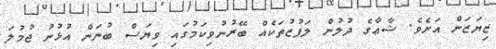
ޒިޔަޒަން އަށެވެ. ޝާޢާގެ ދުލުން ލަފުޒުތަކެއް ބޭރުނުވިކަމުގައި ވިޔަސް ބުނަން އުޅުނު ޖުމުލަ